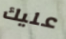
عليك